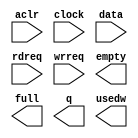
module fifo5 (
	aclr,
	clock,
	data,
	rdreq,
	wrreq,
	empty,
	full,
	q,
	usedw);

	input	  aclr;
	input	  clock;
	input	[31:0]  data;
	input	  rdreq;
	input	  wrreq;
	output	  empty;
	output	  full;
	output	[31:0]  q;
	output	[5:0]  usedw;

endmodule